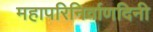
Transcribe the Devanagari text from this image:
महापरिनिर्वाणदिनी